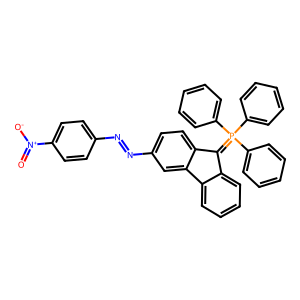
SMILES: O=[N+]([O-])c1ccc(N=Nc2ccc3c(c2)-c2ccccc2C3=P(c2ccccc2)(c2ccccc2)c2ccccc2)cc1
Inhibits HIV replication: No